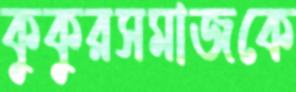
কুকুরসমাজকে